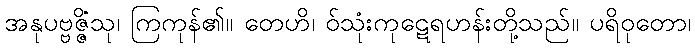
အနုပဗ္ဗဇ္ဇိံသု၊ ကြကုန်၏။ တေဟိ၊ ဝ်သုံးကုဋေရဟန်းတို့သည်။ ပရိဝုတော၊